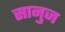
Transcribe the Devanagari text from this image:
सानुज